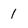
Character: 1